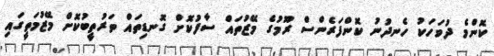
ކޮންމެ ދުވަހަކު ހެނދުނު ކޮންފަރެންސް ރޫމުގެ މޭޒުތައް ސާފުކޮށް ގޮނޑިތައް ތަރުތީބުކޮށް މޭޒުމަތީގައި